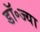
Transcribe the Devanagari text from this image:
डॉ॰ज्या